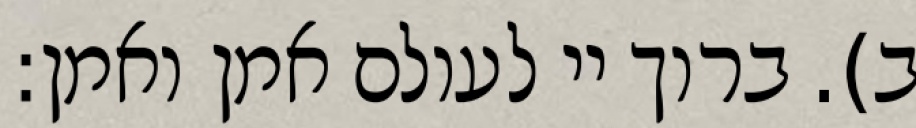
ב). ברוך יי לעולם אמן ואמן: